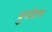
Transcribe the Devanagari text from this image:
ब्रुनहिल्ड